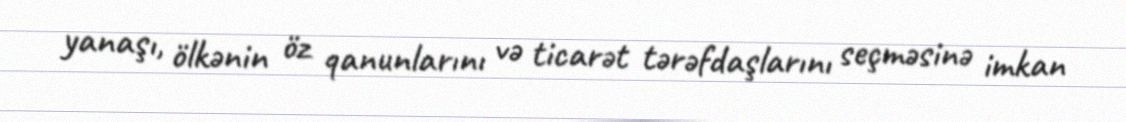
yanaşı, ölkənin öz qanunlarını və ticarət tərəfdaşlarını seçməsinə imkan